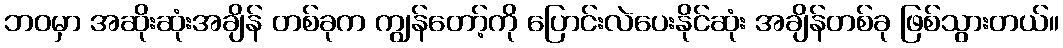
ဘဝမှာ အဆိုးဆုံးအချိန် တစ်ခုက ကျွန်တော့်ကို ပြောင်းလဲပေးနိုင်ဆုံး အချိန်တစ်ခု ဖြစ်သွားတယ်။